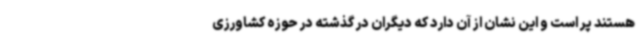
هستند پر است و این نشان از آن دارد که دیگران در گذشته در حوزه کشاورزی